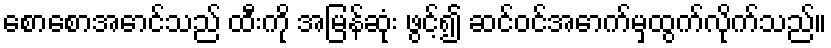
စောစောအောင်သည် ထီးကို အမြန်ဆုံး ဖွင့်၍ ဆင်ဝင်အောက်မှထွက်လိုက်သည်။